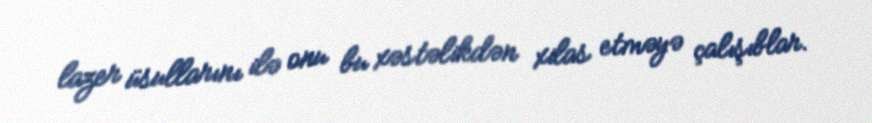
lazer üsullarını ilə onu bu xəstəlikdən xilas etməyə çalışıblar.